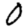
Digit: 0